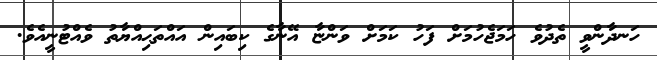
ހަނދާންވީ ތެދުވެ ހަމަޖެހުމަށް ފަހު ކަމަށް ވަންޏާ އޭނާގެ ކިބައިން އައްތަޙިއްޔާތު ވެއްޓުނީއެވެ.